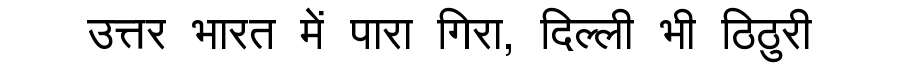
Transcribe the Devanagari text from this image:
उत्तर भारत में पारा गिरा, दिल्ली भी ठिठुरी